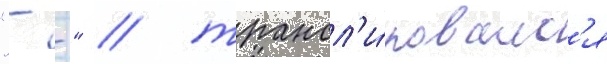
"- -" / трансл'и́ровалс'я